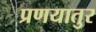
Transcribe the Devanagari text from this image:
प्रणयातुर